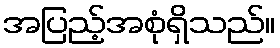
အပြည့်အစုံရှိသည်။